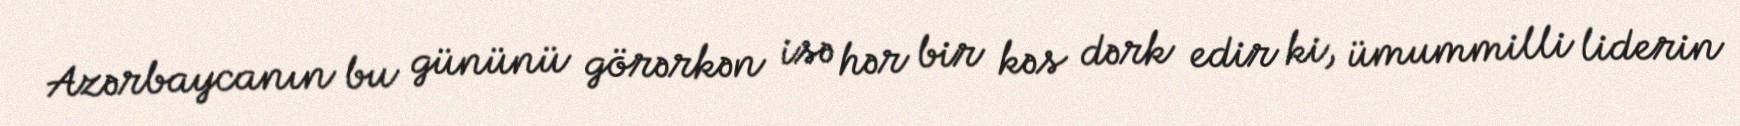
Azərbaycanın bu gününü görərkən isə hər bir kəs dərk edir ki, ümummilli liderin